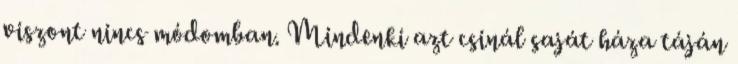
viszont nincs módomban. Mindenki azt csinál saját háza táján